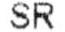
SR